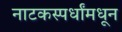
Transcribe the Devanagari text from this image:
नाटकस्पर्धांमधून